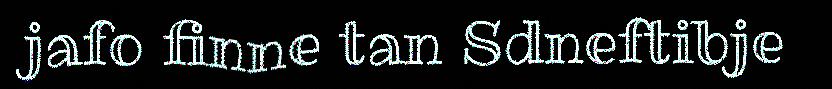
jafo finne tan Sdneftibje